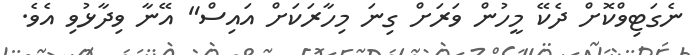
ނެގަޓިވްކޮށް ދެކޭ މީހުން ވަރަށް ގިނަ މިހާރަކަށް އައިސް" އޭނާ ވިދާޅުވި އެވެ.